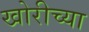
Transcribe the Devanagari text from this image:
खोरीच्या